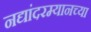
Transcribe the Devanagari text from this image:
नद्यांदरम्यानच्या